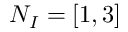
N _ { I } = [ 1 , 3 ]